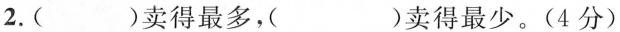
2.( )卖得最多，( )卖得最少。(4分)